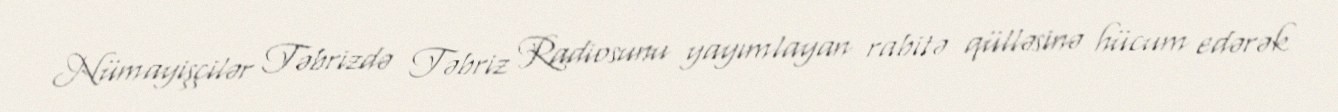
Nümayişçilər Təbrizdə Təbriz Radiosunu yayımlayan rabitə qülləsinə hücum edərək